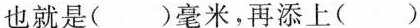
也就是（）毫米，再添上（）